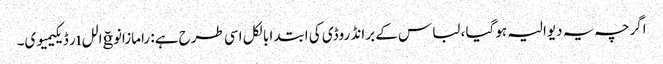
اگرچہ یہ دیوالیہ ہوگیا ، لباس کے برانڈ روڈی کی ابتدا بالکل اسی طرح ہے: رامازانوğاللıر ڈیکیمیوی۔